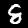
Digit: 8